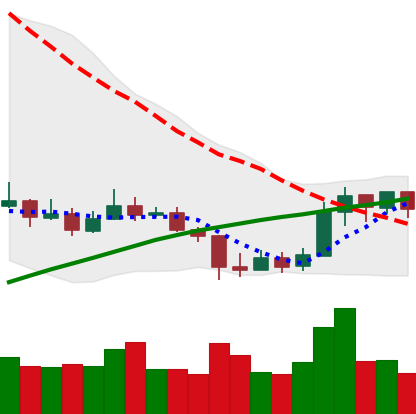
Ticker: LINK-USD
Chart end date: 2019-09-22
Forward return: -8.303%
Label: down_7plus